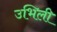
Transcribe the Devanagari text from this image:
उभिली